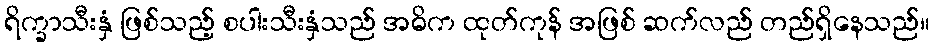
ရိက္ခာသီးနှံ ဖြစ်သည့် စပါးသီးနှံသည် အဓိက ထုတ်ကုန် အဖြစ် ဆက်လည် တည်ရှိနေသည်။